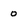
Character: 0